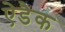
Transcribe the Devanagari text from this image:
ऐडैक